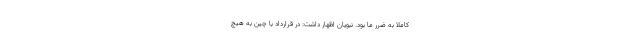
کاملاً به ضرر ما بود. نبویان اظهار داشت: در قرارداد با چین به هیچ